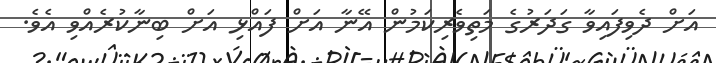
އަށް ދެވިފައިވާ ގަދަރުގެ މަތިވެރިކަމުން އޭނާ އަށް ފައްޅި އަށް ބިނާކުރެއްވި އެވެ.